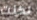
لكنت